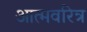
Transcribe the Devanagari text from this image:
आत्मवरित्र